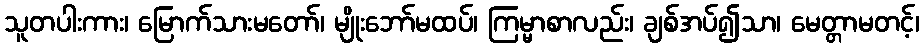
သူတပါးကား၊ မြောက်သားမတော်၊ မျိုးဘော်မထပ်၊ ကြမ္မာစာလည်း၊ ချစ်အပ်၍သာ၊ မေတ္တာမတင့်၊